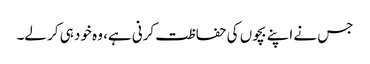
جس نے اپنے بچوں کی حفاظت کرنی ہے، وہ خود ہی کر لے۔